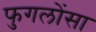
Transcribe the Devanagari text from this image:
फुगलोंसा